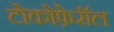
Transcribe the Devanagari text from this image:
टोकोफ़ेरॉल